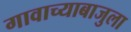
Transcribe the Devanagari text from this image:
गावाच्याबाजुला